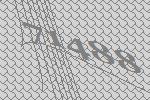
71488